Annual statistical returns and brief notes on vaccination in Bengal - 1896-1909
Year: 1896
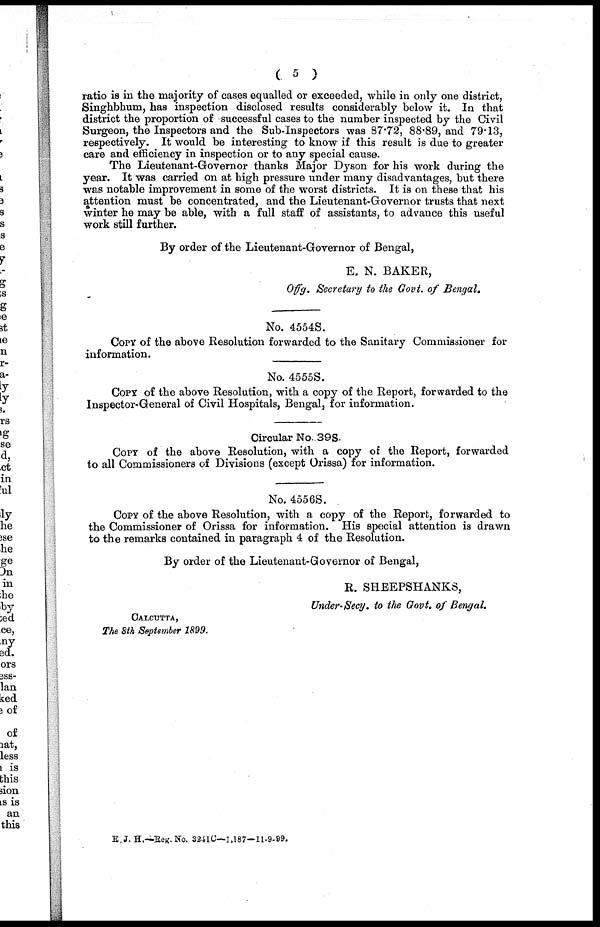
( 5 )
ratio is in the majority of cases equalled or exceeded, while in only one district,
Singhbhum, has inspection disclosed results considerably below it. In that
district the proportion of successful cases to the number inspected by the Civil
Surgeon, the Inspectors and the Sub-Inspectors was 87.72, 88.89, and 79.13,
respectively. It would be interesting to know if this result is due to greater
care and efficiency in inspection or to any special cause.
The Lieutenant-Governor thanks Major Dyson for his work during the
year. It was carried on at high pressure under many disadvantages, but there
was notable improvement in some of the worst districts. It is on these that his
attention must be concentrated, and the Lieutenant-Governor trusts that next
winter he may be able, with a full staff of assistants, to advance this useful
work still further.
By order of the Lieutenant-Governor of Bengal,
E. N. BAKER,
Offg. Secretary to the Govt. of Bengal.
No. 4554S.
COPY of the above Resolution forwarded to the Sanitary Commissioner for
information.
No. 4555S.
COPY of the above Resolution, with a copy of the Report, forwarded to the
Inspector-General of Civil Hospitals, Bengal, for information.
Circular No. 39S.
COPY of the above Resolution, with a copy of the Report, forwarded
to all Commissioners of Divisions (except Orissa) for information.
No. 4556S.
COPY of the above Resolution, with a copy of the Report, forwarded to
the Commissioner of Orissa for information. His special attention is drawn
to the remarks contained in paragraph 4 of the Resolution.
By order of the Lieutenant-Governor of Bengal,
R. SHEEPSHANKS,
Under-Secy. to the Govt. of Bengal.
CALCUTTA,
The 8th September 1899.
E.J. H.—Reg.No. 3241C—1,187—11-9-99.